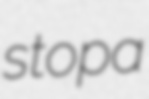
stopa